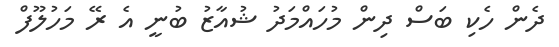
ދެން ހެކި ބަސް ދިން މުހައްމަދު ޝުއާޒު ބުނީ އެ ރޭ މަހުލޫފް